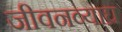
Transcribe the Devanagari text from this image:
जीवनव्याघ्र